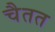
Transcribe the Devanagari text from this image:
चैतत